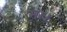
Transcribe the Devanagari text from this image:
स।।